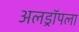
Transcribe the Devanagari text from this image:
अलड्रॉपला